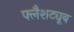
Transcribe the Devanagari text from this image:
फ्लैशट्यूब